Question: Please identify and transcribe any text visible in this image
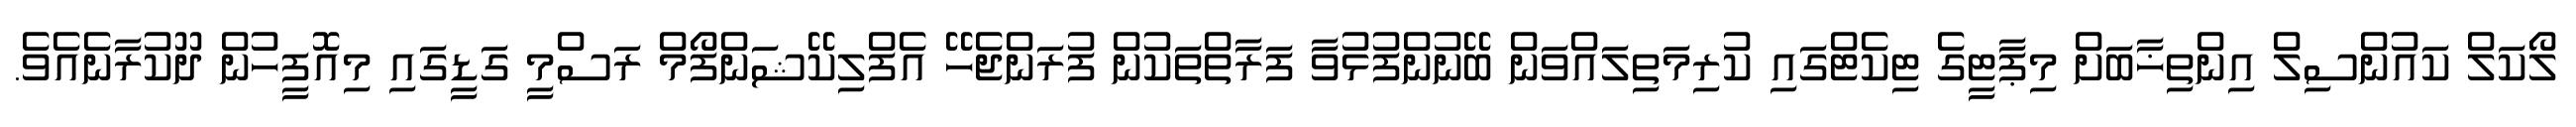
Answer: ލޯކަލް ކައުންސިލް އިންތިޚާބަށް މިޕާޓީގެ ޓިކެޓްގައި ކުރިމަތިލައްވަން ބޭނުންފުޅުވާ ފަރާތްތަކުން ފުރަންޖެހޭ އެފްލިކޭޝަންފޯމް ރަސްމީ ގަޑީގައި މިއޮފީހުން ދޫކުރާނެއެވެ.